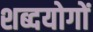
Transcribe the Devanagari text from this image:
शब्दयोगों